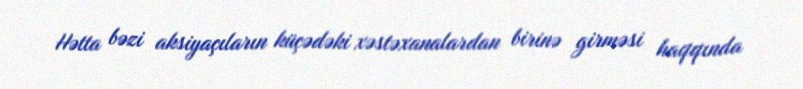
Hətta bəzi aksiyaçıların küçədəki xəstəxanalardan birinə girməsi haqqında